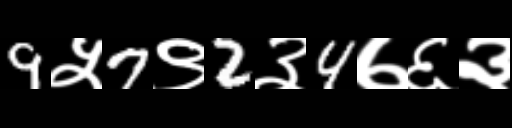
Text: 9५7९2३4७६३